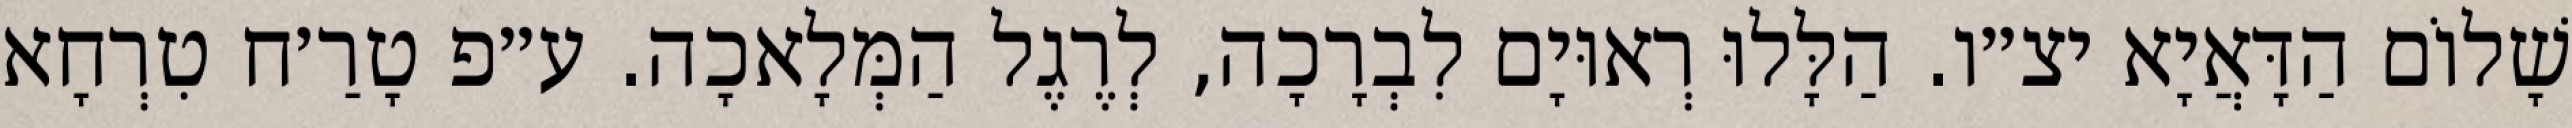
שָׁלוֹם הַדָּאֲיָא יצ״ו. הַלָּלוּ רְאוּיָם לִבְרָכָה, לְרֶגֶל הַמְּלָאכָה. ע״פ טָרַ׳ח טִרְחָא